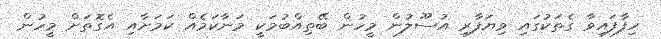
ހިފާފައިވާ ގެތަކުގައި ވިޔަފާރި އުސޫލުން މީހުން ބޭތިއްބުމަކީ މަނާކަމެއް ކަމަށާއި އެގޮތަށް މީހުން